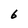
Character: 6